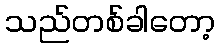
သည်တစ်ခါတော့